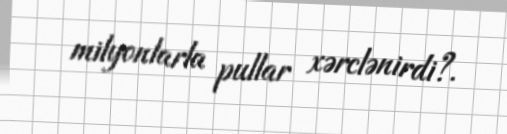
milyonlarla pullar xərclənirdi?.